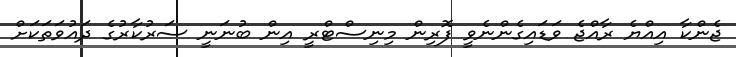
ޖެންކާ އިއްޔެ ރާއްޖެ ވަޑައިގެންނެވީ ފޮރިން މިނިސްޓްރީ އިން ބުނަނީ ސަރުކާރުގެ ދައުވަތަކަށް